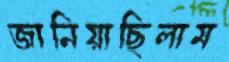
জানিয়াছিলাম